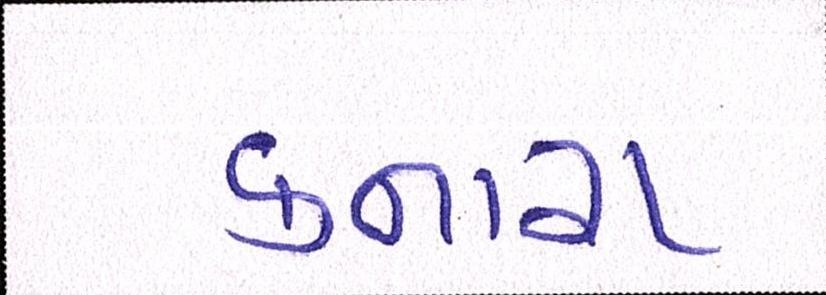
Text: કનારા